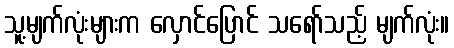
သူ့မျက်လုံးများက လှောင်ပြောင် သရော်သည့် မျက်လုံး။